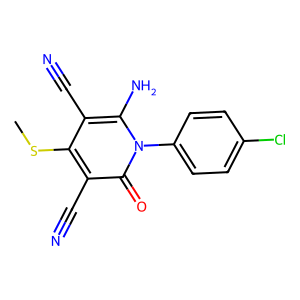
SMILES: CSc1c(C#N)c(N)n(-c2ccc(Cl)cc2)c(=O)c1C#N
Inhibits HIV replication: No